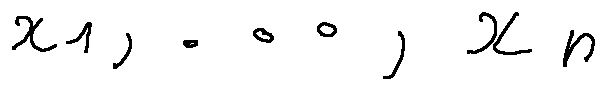
x _ { 1 } , \ldots , x _ { n }